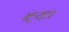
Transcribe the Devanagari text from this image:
बऱ्र्‍याच